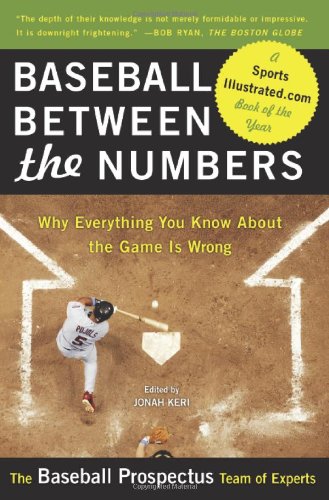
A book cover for Baseball Between the Numbers: Why Everything You Know About the Game Is Wrong; The Baseball Prospectus Team of Experts; Sports & Outdoors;